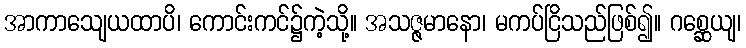
အာကာသျေယထာပိ၊ ကောင်းကင်၌ကဲ့သို့။ အသဇ္ဇမာနော၊ မကပ်ငြိသည်ဖြစ်၍။ ဂစ္ဆေယျ၊